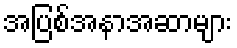
အပြစ်အနာအဆာများ